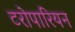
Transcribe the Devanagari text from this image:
टरोपारियन